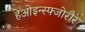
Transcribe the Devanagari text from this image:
हेओइन्स्फ्जोरौर